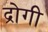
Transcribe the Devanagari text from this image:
द्रोगी